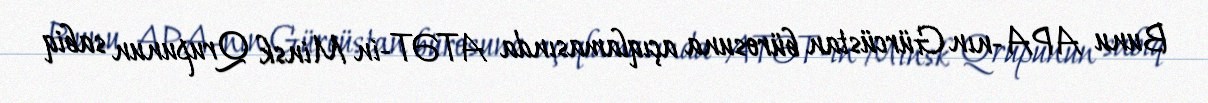
Bunu APA-nın Gürcüstan bürosuna açıqlamasında ATƏT-in Minsk Qrupunun sabiq